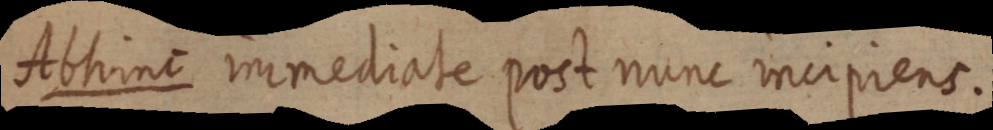
Abhine mirrediate poct nunc meprens.